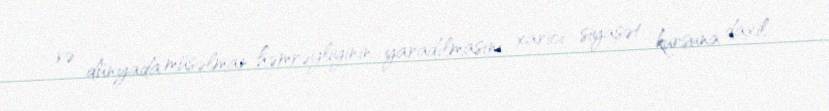
və dünyada müsəlman həmrəyliyinin yaradılmasını xarici siyasət kursuna daxil